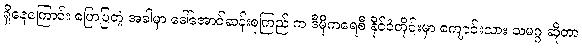
ရှိနေကြောင်း ပြောပြတဲ့ အခါမှာ ဒေါ်အောင်ဆန်းစုကြည် က ဒီမိုကရေစီ နိုင်ငံတိုင်းမှာ ကျောင်းသား သမဂ္ဂ ဆိုတာ